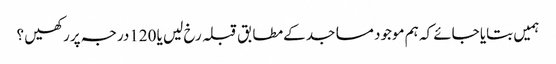
ہمیں بتایا جائے کہ ہم موجود مساجد کےمطابق قبلہ رخ لیں یا 120درجہ پررکھیں ؟